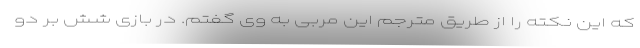
که این نکته را از طریق مترجم این مربی به وی گفتم. در بازی شش بر دو